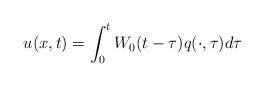
LaTeX: \begin{align*} u(x,t)=\int ^t_0 W_0 (t-\tau )q(\cdot, \tau) d \tau\end{align*}